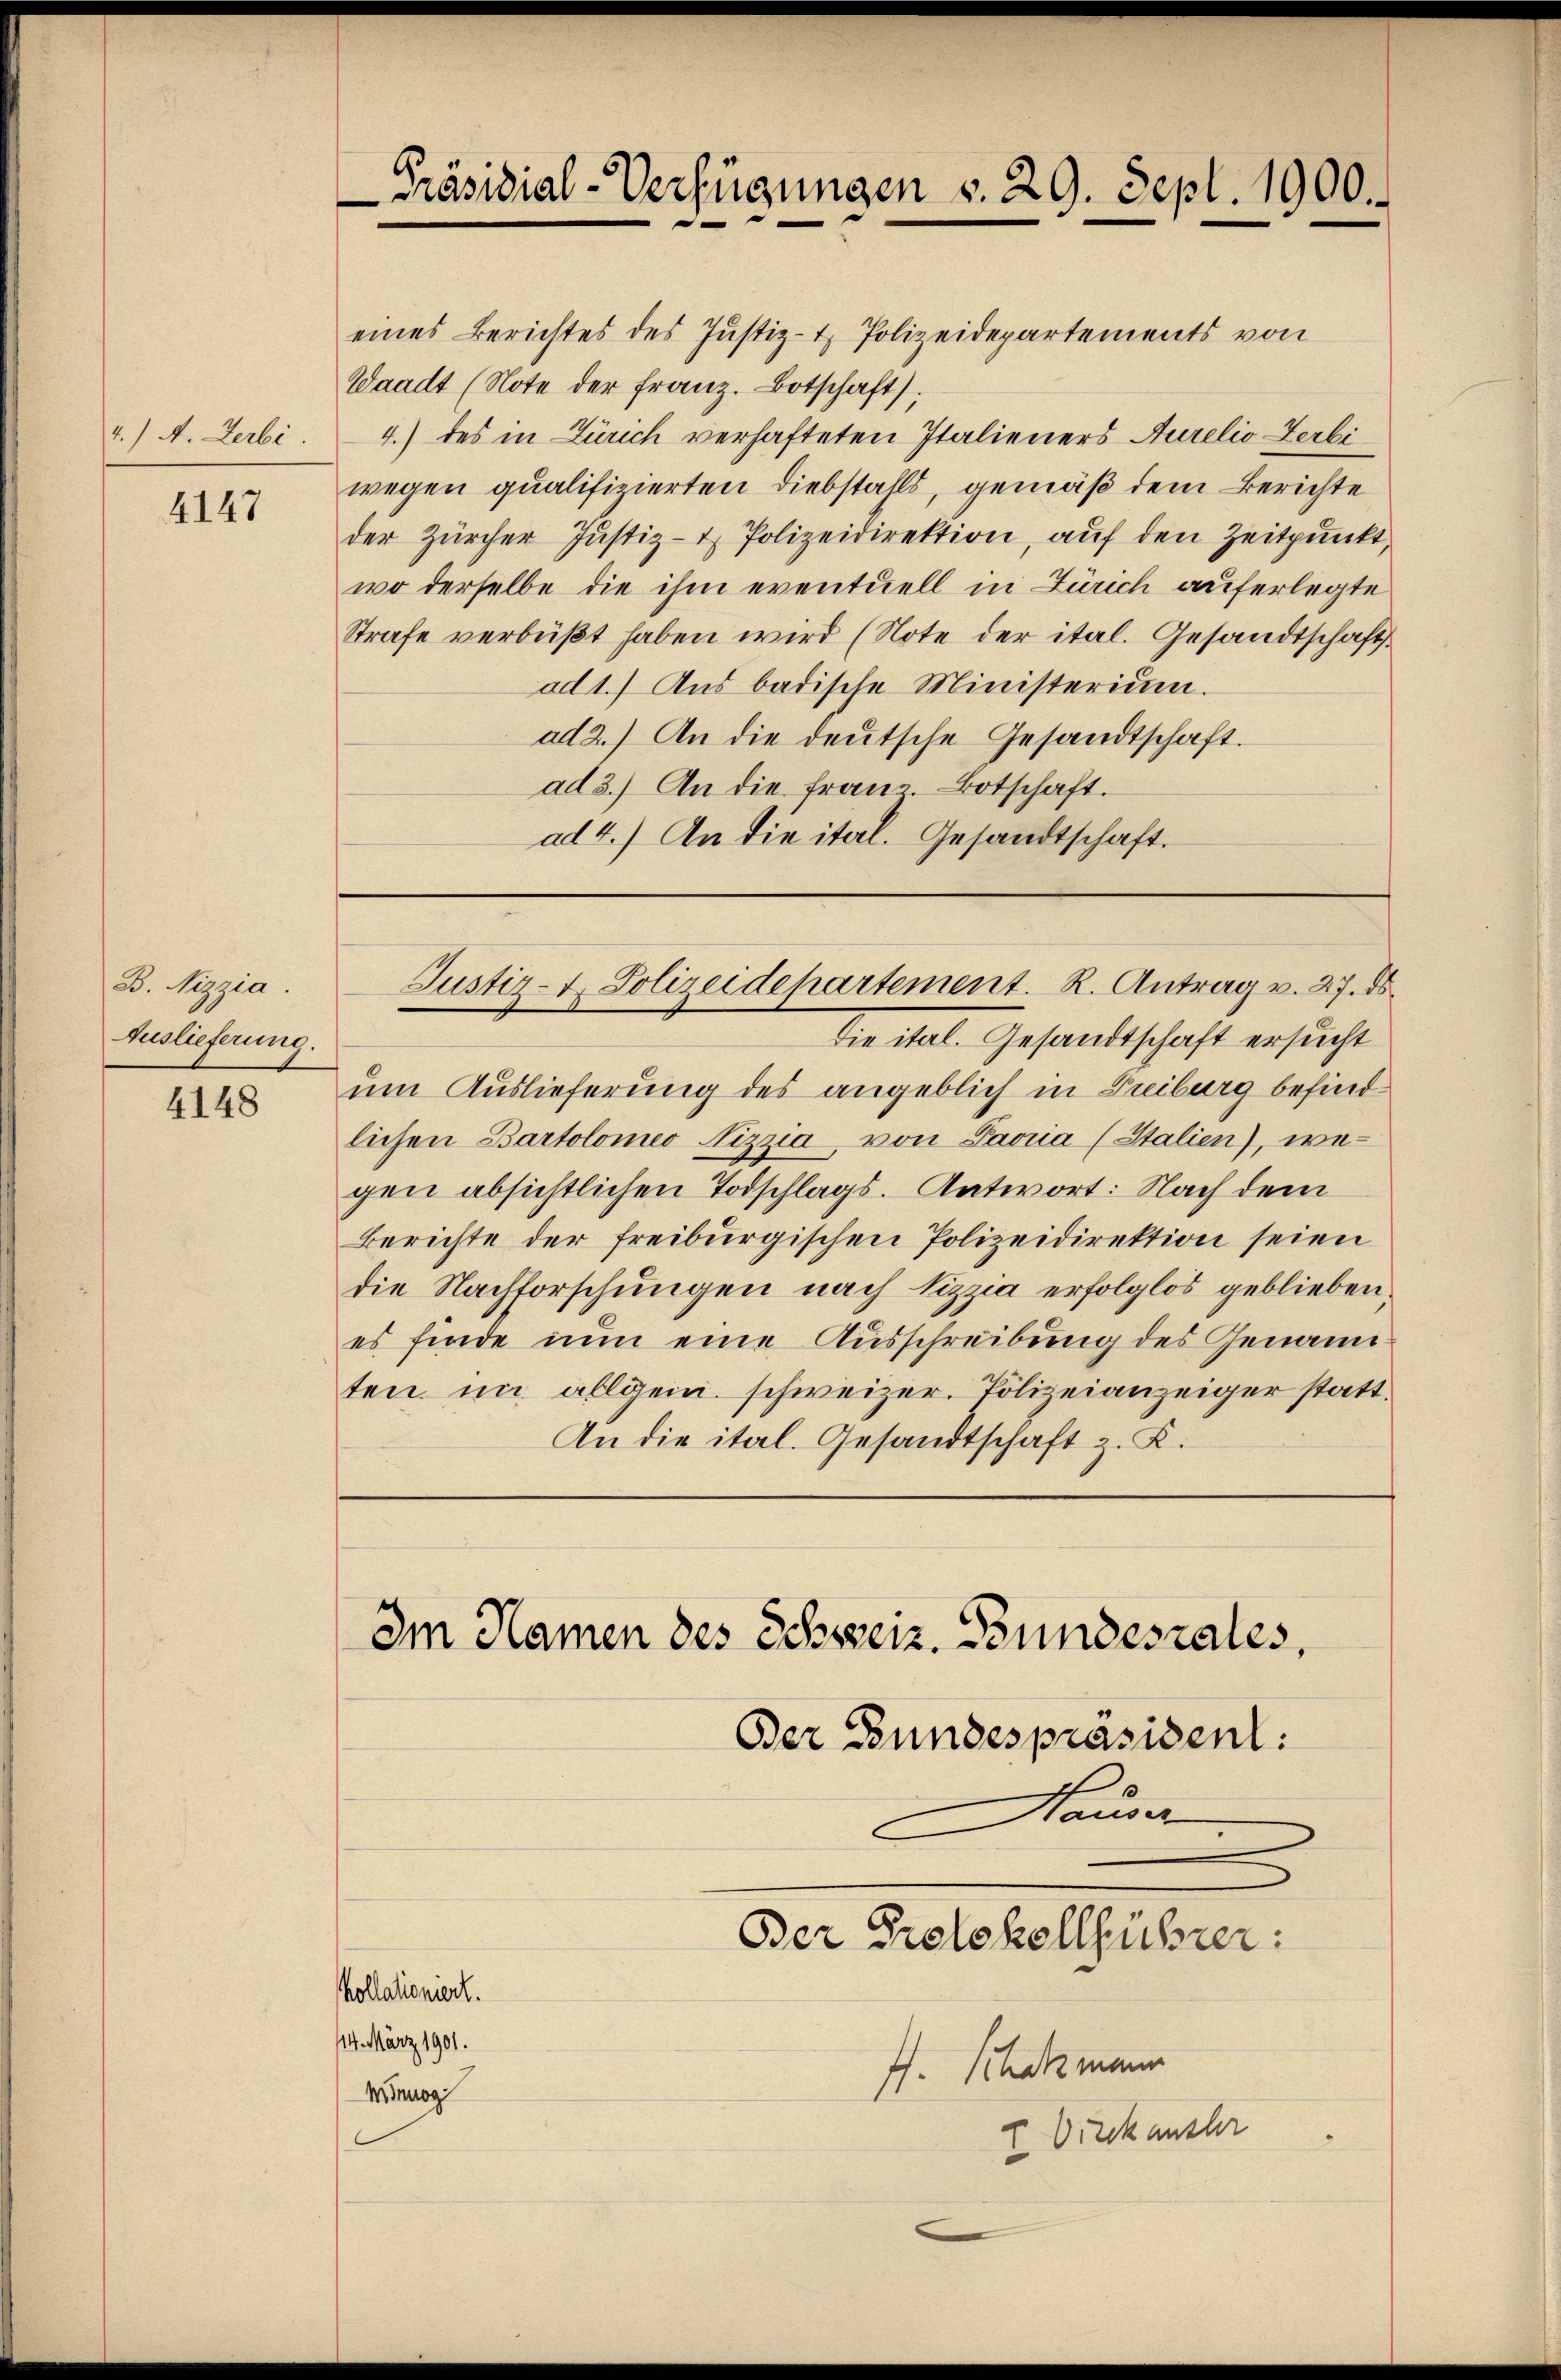
4.) A. Zerbi

4147

B. Nizzia.
Auslieferung.

4148

kollationiert.
14. März 1901.
Minuog

Präsidial-Verfügungen v. 29. Sept. 1900.

eines Berichtes des Justiz- & Polizeidepartements von
Waadt (Note der franz. Botschaft);
4.) des in Zürich verhafteten Italieners Aurelio erbi
wegen qualifizierten Diebstahls, gemäß dem Berichte
der Zürcher Justiz- & Polizeidirektion, auf den Zeitpunkt,
wo derselbe die ihm eventuell in Zürich auferlegte
Strafe verbüßt haben wird (Note der ital. Gesandtschaft
ad 1.) Aus badische Ministerium.
ad 2.) An die deŭtsche Gesandtschaft.
ad 3.) An die franz-Botschaft.
ad 4.) An die ital. Gesandtschaft.

Die ital. Gesandtschaft ersucht
um Auslieferung des angeblich in Treiburg befindlichen Bartolomeo Nizzia von Savria (Stalien), wegen absichtlichen Todschlags. Antwort: Nach dem
Berichte der freiburgischen Polizeidirektion seien
die Nachforschungen nach Sizzia erfolglos geblieben.
es finde nun eine Ausschreibung des Genann
ten in allgem. schweizer. Polizeianzeiger statt.
An die ital. Gesandtschaft z. K.

Justiz- & Polizeidepartement. R. Antrag v. 27. ds.

Im Namen des Schweiz. Bundesrates,

Hauser

Der Bundespräsident:

Der Protokollführer:
f. Schatzmann
Dirckensher